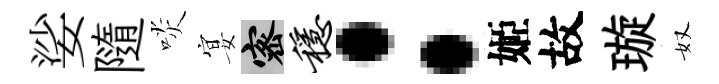
娑隨啖宴密稳：姬故璇奴